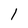
Character: 1